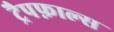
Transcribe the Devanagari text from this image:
ट्रैपफ़ाल्स